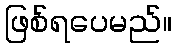
ဖြစ်ရပေမည်။